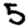
Digit: 5